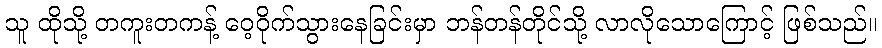
သူ ထိုသို့ တကူးတကန့် ဝေ့ဝိုက်သွားနေခြင်းမှာ ဘန်တန်တိုင်သို့ လာလိုသောကြောင့် ဖြစ်သည်။